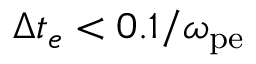
\Delta t _ { e } < 0 . 1 / \omega _ { \mathrm { p e } }